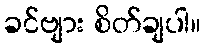
ခင်ဗျား စိတ်ချပါ။